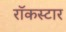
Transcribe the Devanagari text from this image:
रॉकस्‍टार